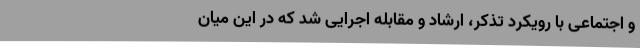
و اجتماعی با رویکرد تذکر، ارشاد و مقابله اجرایی شد که در این میان